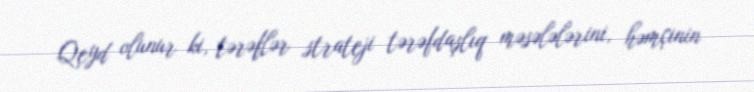
Qeyd olunur ki, tərəflər strateji tərəfdaşlıq məsələlərini, həmçinin